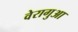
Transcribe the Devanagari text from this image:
वेरागुआ